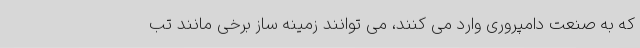
که به صنعت دامپروری وارد می کنند، می توانند زمینه ساز برخی مانند تب